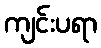
ကျင်းပရာ